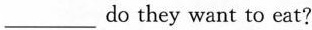
___do they want to eat?